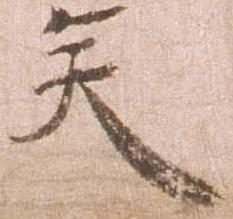
矣